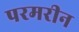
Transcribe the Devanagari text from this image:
परमरीन